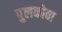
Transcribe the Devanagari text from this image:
पुलकोवा